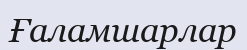
Ғаламшарлар